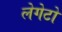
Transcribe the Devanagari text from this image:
लेगेटो